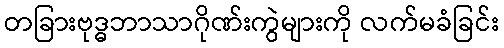
တခြားဗုဒ္ဓဘာသာဂိုဏ်းကွဲများကို လက်မခံခြင်း